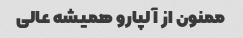
ممنون از آلپارو همیشه عالی